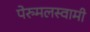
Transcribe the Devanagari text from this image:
पेरुमलस्वामी